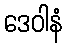
ဒေဝါနံ